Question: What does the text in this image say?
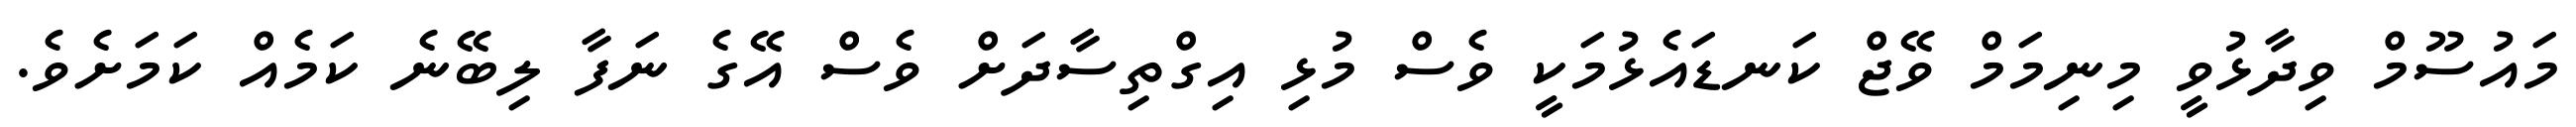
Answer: މައުސޫމް ވިދާޅުވީ މިނިމަމް ވޭޖް ކަނޑައެޅުމަކީ ވެސް މުޅި އިގްތިސާދަށް ވެސް އޭގެ ނަފާ ލިބޭނެ ކަމެއް ކަމަށެވެ.